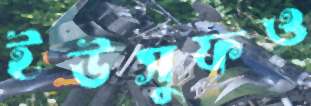
ইউসুফও